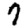
Digit: 7